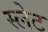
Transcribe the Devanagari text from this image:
स्‍लेट